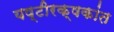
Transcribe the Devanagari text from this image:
यष्टीरक्षकांत